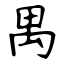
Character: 禺